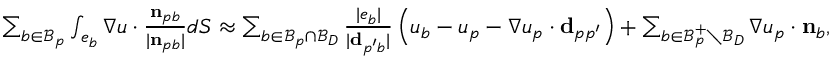
\begin{array} { r } { \sum _ { b \in \mathcal { B } _ { p } } \int _ { e _ { b } } \nabla u \cdot \frac { \mathbf { n } _ { p b } } { | \mathbf { n } _ { p b } | } d S \approx \sum _ { b \in \mathcal { B } _ { p } \cap \mathcal { B } _ { D } } \frac { | e _ { b } | } { | \mathbf { d } _ { p ^ { \prime } b } | } \left( u _ { b } - u _ { p } - \nabla u _ { p } \cdot \mathbf { d } _ { p p ^ { \prime } } \right) + \sum _ { b \in \mathcal { B } _ { p } ^ { + } \setminus \mathcal { B } _ { D } } \nabla u _ { p } \cdot \mathbf { n } _ { b } , } \end{array}